Investigations into the jail dietaries of the United Provinces with some observations on the influence of dietary on the physical development and well-being of the people of the United Provinces - Number 48
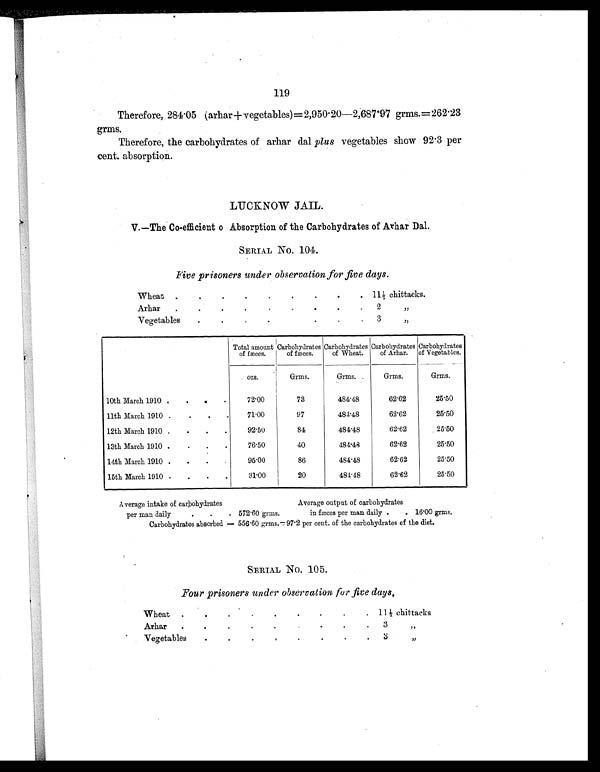
119
Therefore, 284.05 (arhar+vegetables)=2,950.20—2,687.97 grms.=262.23
grms.
Therefore, the carbohydrates of arhar dal plus vegetables show 92.3 per
cent. absorption.
LUCKNOW JAIL.
V.—The Co-efficient of Absorption of the Carbohydrates of Arhar Dal.
SERIAL NO. 104.
Five prisoners under observation for five days.
Wheat
.
.
.
.
.
.
.
.
. 11½ chittacks.
Arhar .
.
.
.
.
.
.
.
.
2 „
Vegetables
.
.
.
.
.
.
.
. 3 „
Total amount
of fæces.
Carbohydrates
of fæces.
Carbohydrates
of Wheat.
Carbohydrates
of Arhar.
Carbohydrates
of Vegetables.
ozs.
Grms.
Grms.
Grms.
Grms.
10th March 1910
. .
.
.
72.00
73
484.48
62.62
25.50
11th March 1910
. .
.
.
71.00
97
484.48
62.62
25.50
12th March 1910
. .
.
.
92.50
84
484.48
62.62
25.50
13th March 1910
. .
.
.
76.50
40
484.48
62.62
25.50
14th March 1910
. .
.
.
95.00
86
484.48
62.62
25.50
15th March 1910
. .
.
.
31.00
20
484.48
62.62
25.50
Average intake of carbohydrates
Average output of carbohydrates
per man daily
.
.
. 572.60 grms.
in fæces per man daily .
. 16.00 grms.
Carbohydrates absorbed — 556.60 grms.—97.2 per cent. of the carbohydrates of the diet.
SERIAL NO. 105.
Four prisoners under observation for five days.
Wheat
.
.
. .
.
.
.
. . 11½ chittacks
Arhar
.
.
.
.
.
.
.
.
.
3 „
Vegetables
.
.
.
.
.
.
.
.
3 „